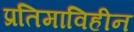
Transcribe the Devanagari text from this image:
प्रतिमाविहीन